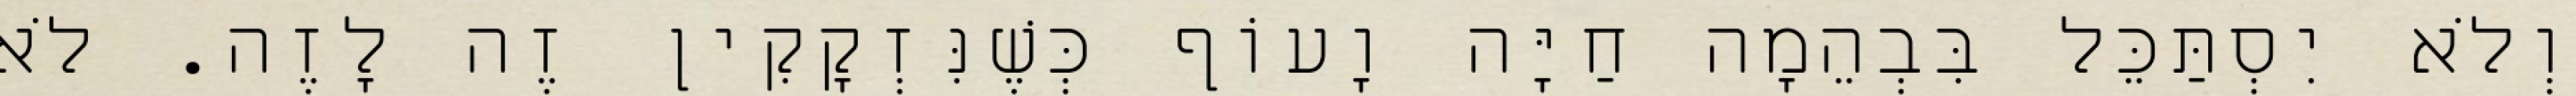
וְלֹא יִסְתַּכֵּל בִּבְהֵמָה חַיָּה וָעוֹף כְּשֶׁנִּזְקָקִין זֶה לָזֶה. לֹא